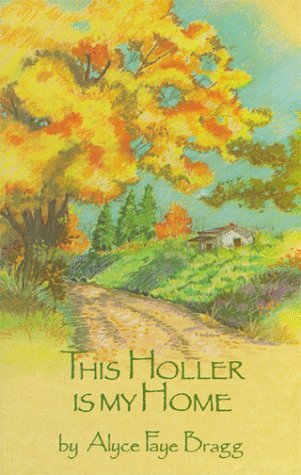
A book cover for This Holler Is My Home; Alyce Faye Bragg; Humor & Entertainment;